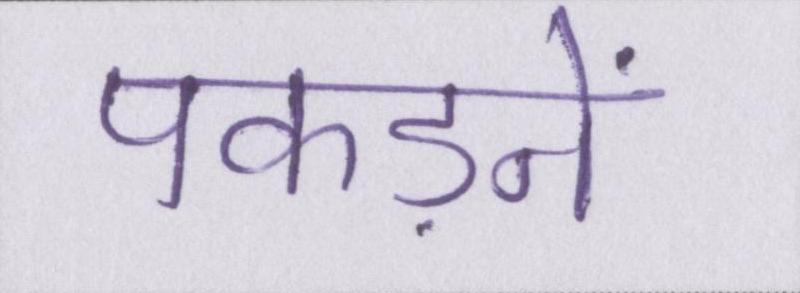
पकड़ने